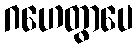
ဂဟေတွာပေ